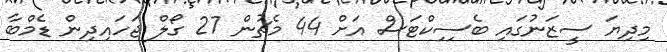
މިދިޔަ ސީޒަނުގައި ބެސިިކްޓަސް އަށް 44 މެޗުން 27 ގޯލް ޖަހައިދިން ޑެމްބާ